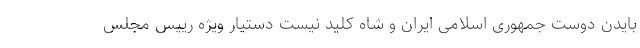
بایدن دوست جمهوری اسلامی ایران و شاه کلید نیست دستیار ویژه رییس مجلس